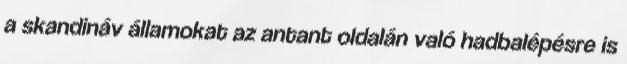
a skandináv államokat az antant oldalán való hadbalépésre is